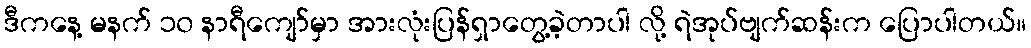
ဒီကနေ့ မနက် ၁၀ နာရီကျော်မှာ အားလုံးပြန်ရှာတွေ့ခဲ့တာပါ လို့ ရဲအုပ်ဗျက်ဆန်းက ပြောပါတယ်။